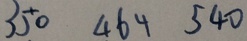
3 5 0 4 6 4 5 4 0